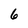
Character: 6